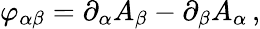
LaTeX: \varphi_{\alpha\beta}=\partial_{\alpha}A_{\beta}-\partial_{\beta}A_{\alpha}\, ,